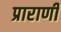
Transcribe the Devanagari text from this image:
प्राराणी